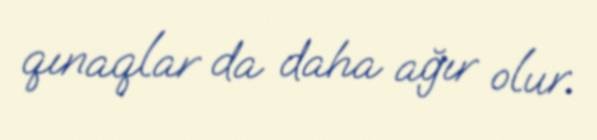
qınaqlar da daha ağır olur.